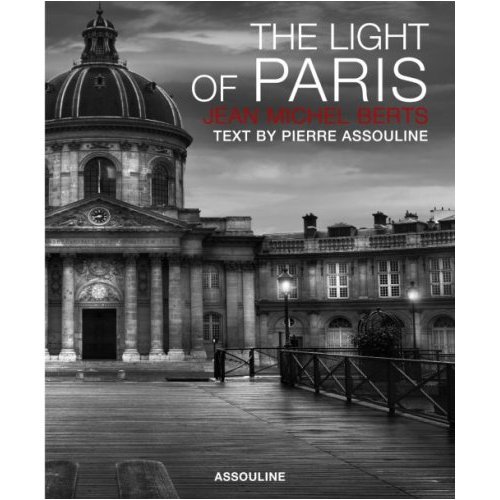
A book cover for The Light of Paris; Jean-Michel Berts; Arts & Photography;